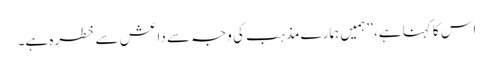
اس کا کہنا ہے، ’’ہمیں ہمارے مذہب کی وجہ سے داعش سے خطرہ ہے۔